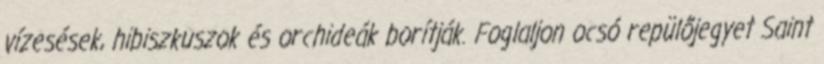
vízesések, hibiszkuszok és orchideák borítják. Foglaljon ocsó repülőjegyet Saint